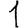
Digit: 1